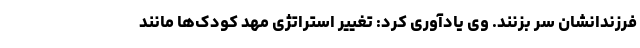
فرزندانشان سر بزنند. وی یادآوری کرد: تغییر استراتژی مهد کودک‌ها مانند